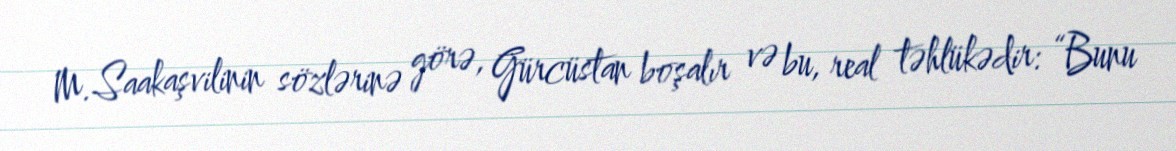
M.Saakaşvilinin sözlərinə görə, Gürcüstan boşalır və bu, real təhlükədir: “Bunu